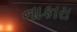
નાકારા